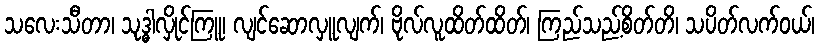
သလေးသီတာ၊ သုဒ္ဓါလှိုင်ကြူ၊ လျင်ဆောလှူလျက်၊ ဗိုလ်လူထိတ်ထိတ်၊ ကြည်သည့်စိတ်တိ၊ သပိတ်လက်ဝယ်၊